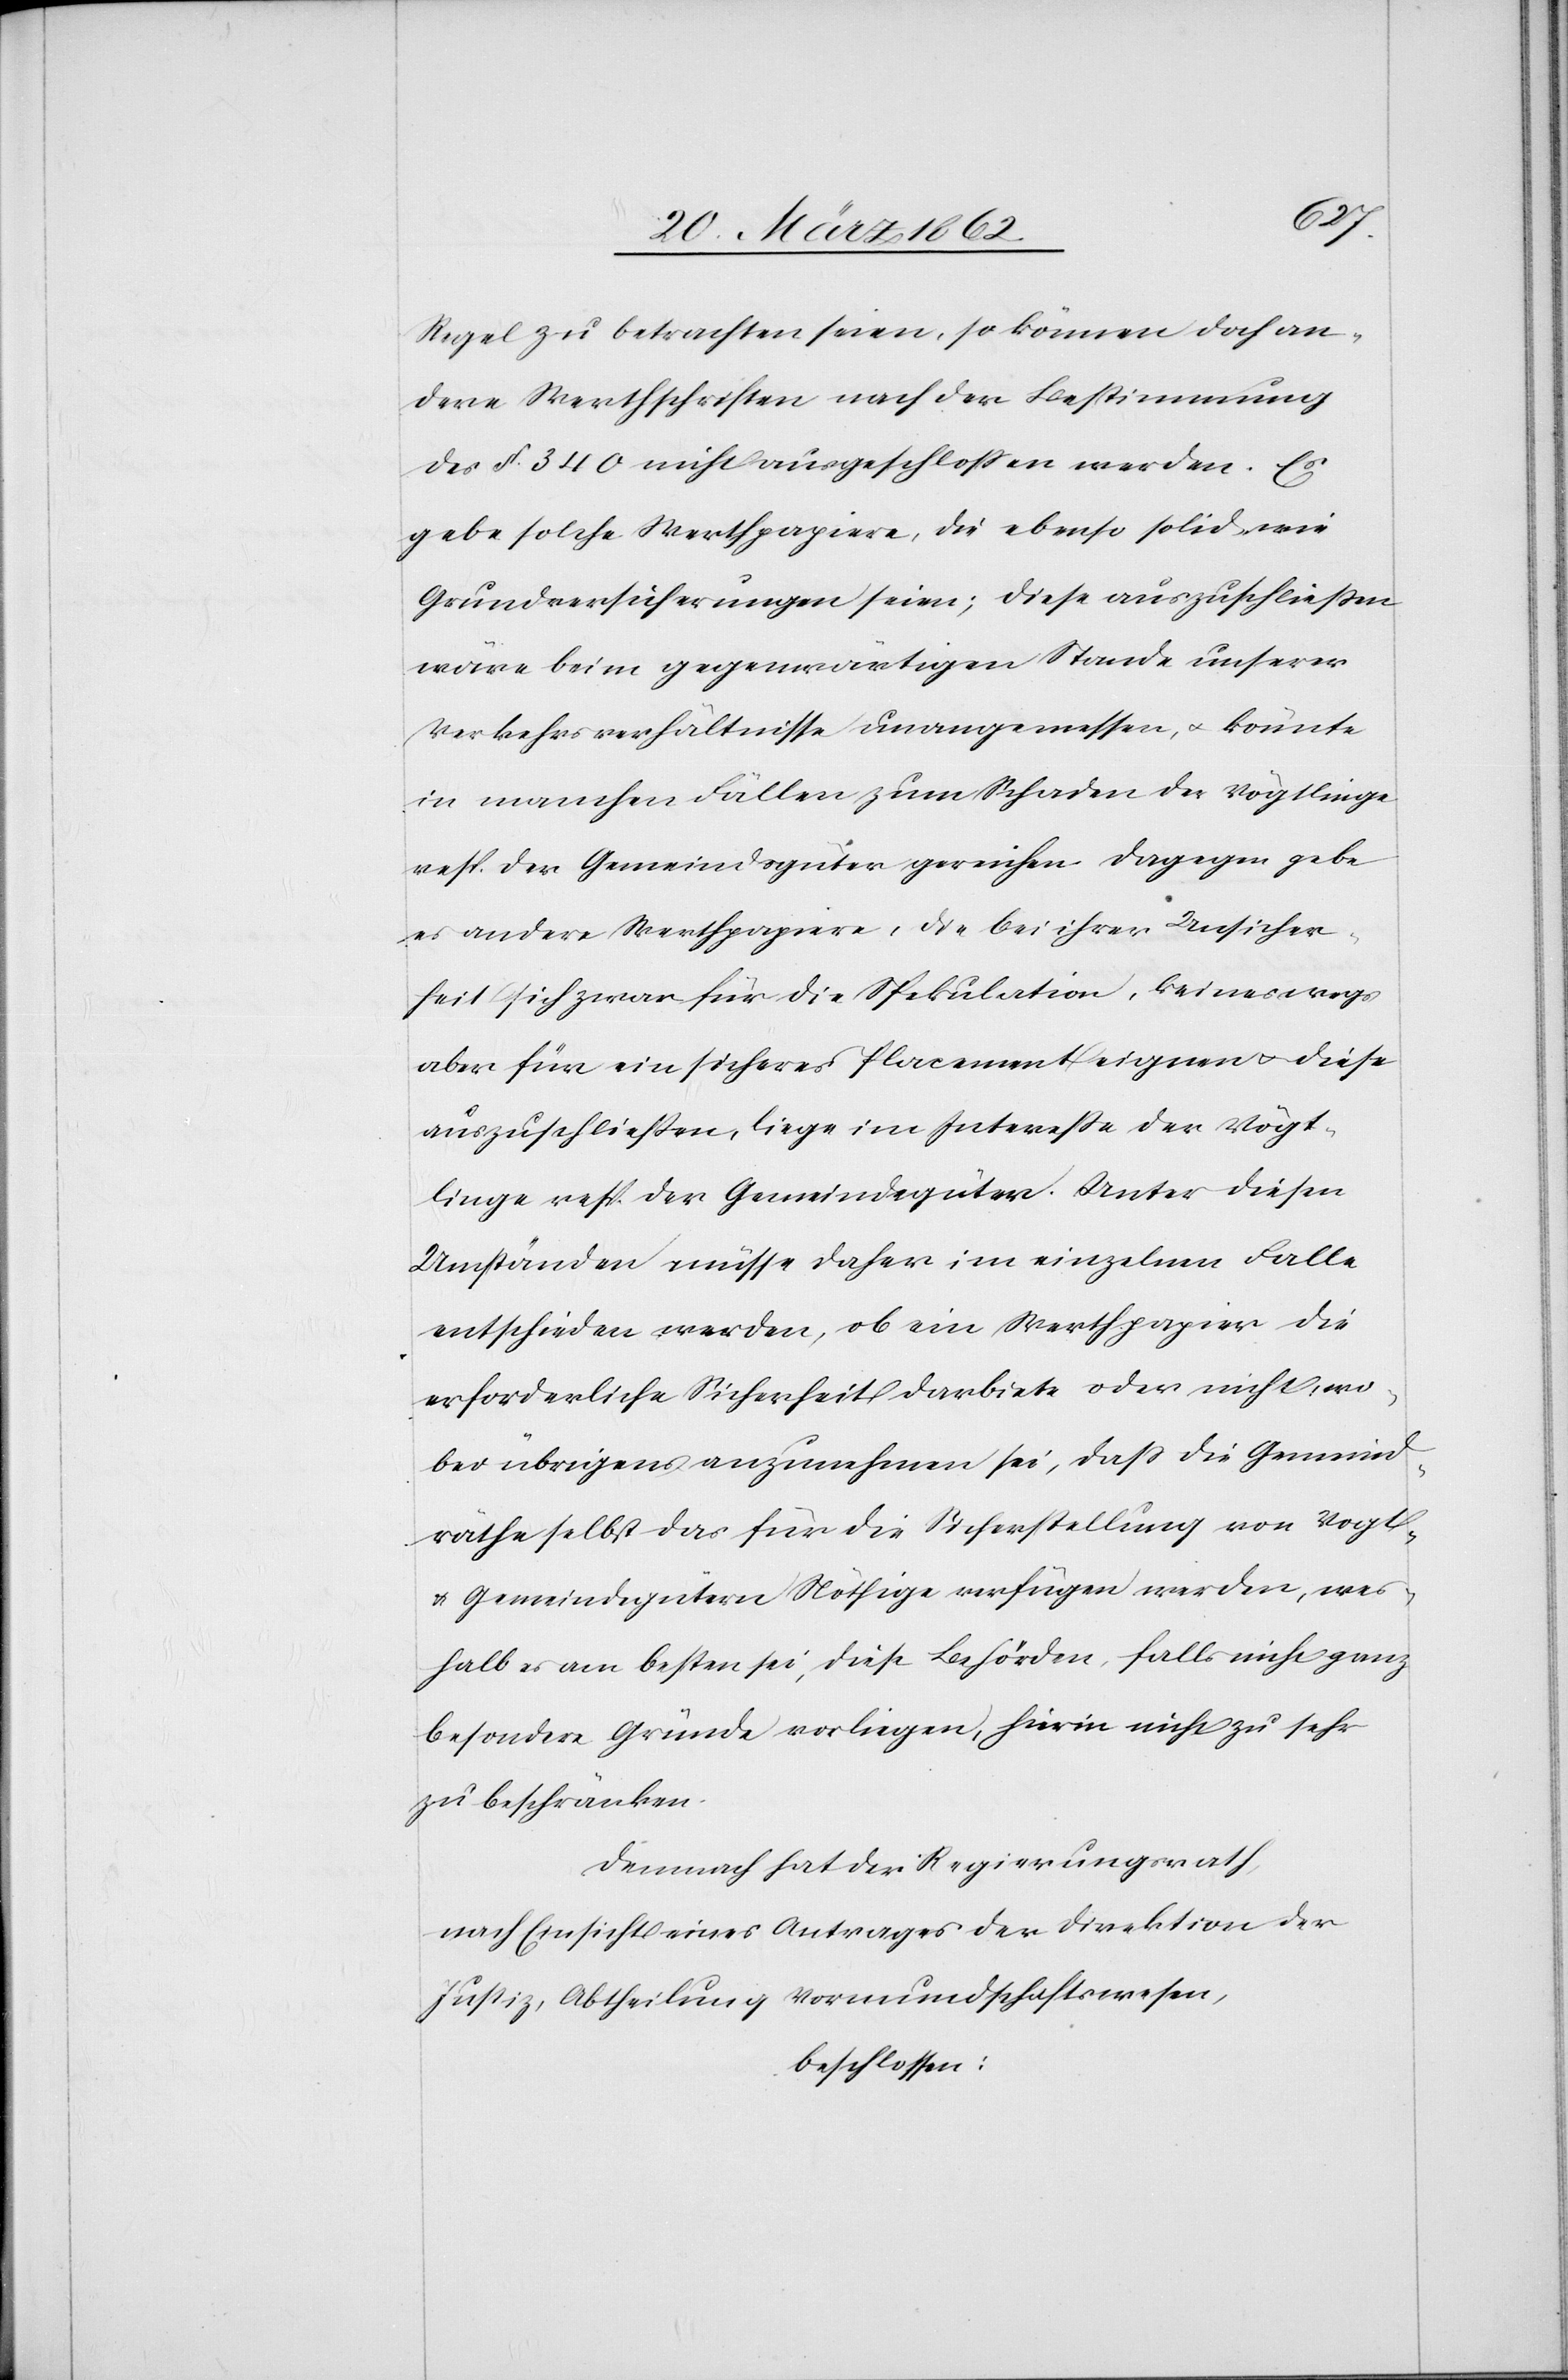
ic!]
Regel zu betrachten seien, so können doch an¬
dere Werthschriften nach der Bestimmung
des §. 340 nicht ausgeschloßen werden. [s¬
gebe solche Werthpapiere, die ebenso solid wie
Grundversicherungen seien; diese auszuschließen
wäre beim gegenwärtigen Stande unserer
Verkehrsverhältnisse unangemessen, u. könnte
in manchen Fällen zum Schaden der Vögtlinge
resp. der Gemeindsgüter gereichen. Dagegen gebe
es andere Werthpapiere, die bei ihrer Unsicher¬
heit sich zwar für die Spekulation, keineswegs
aber für ein sicheres Placement eignen u. diese
auszuschließen, liege im Intereße der Vögt¬
linge resp. der Gemeindegüter. Unter diesen
Umständen müsse daher im einzelnen Falle
entschieden werden, ob ein Werthpapier die
erforderliche Sicherheit darbiete oder nicht, wo¬
bei übrigens anzunehmen sei, daß die Gemeind¬
räthe selbst das für die Sicherstellung von Vogt-
u. Gemeindegütern Nöthige verfügen werden, wes¬
halb es am besten sei, diese Behörden, falls nicht ganz
besondere Gründe vorliegen, hierin nicht zu sehr
zu beschränken.
Demnach hat der Regierungsrath,
nach Einsicht eines Antrages der Direktion der
Justiz, Abtheilung Vormundschaftswesen,
beschlossen: